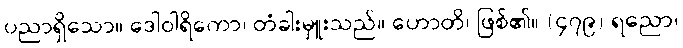
ပညာရှိသော။ ဒေါဝါရိကော၊ တံခါးမှူးသည်။ ဟောတိ၊ ဖြစ်၏။ (၄၇၉) ရညော၊